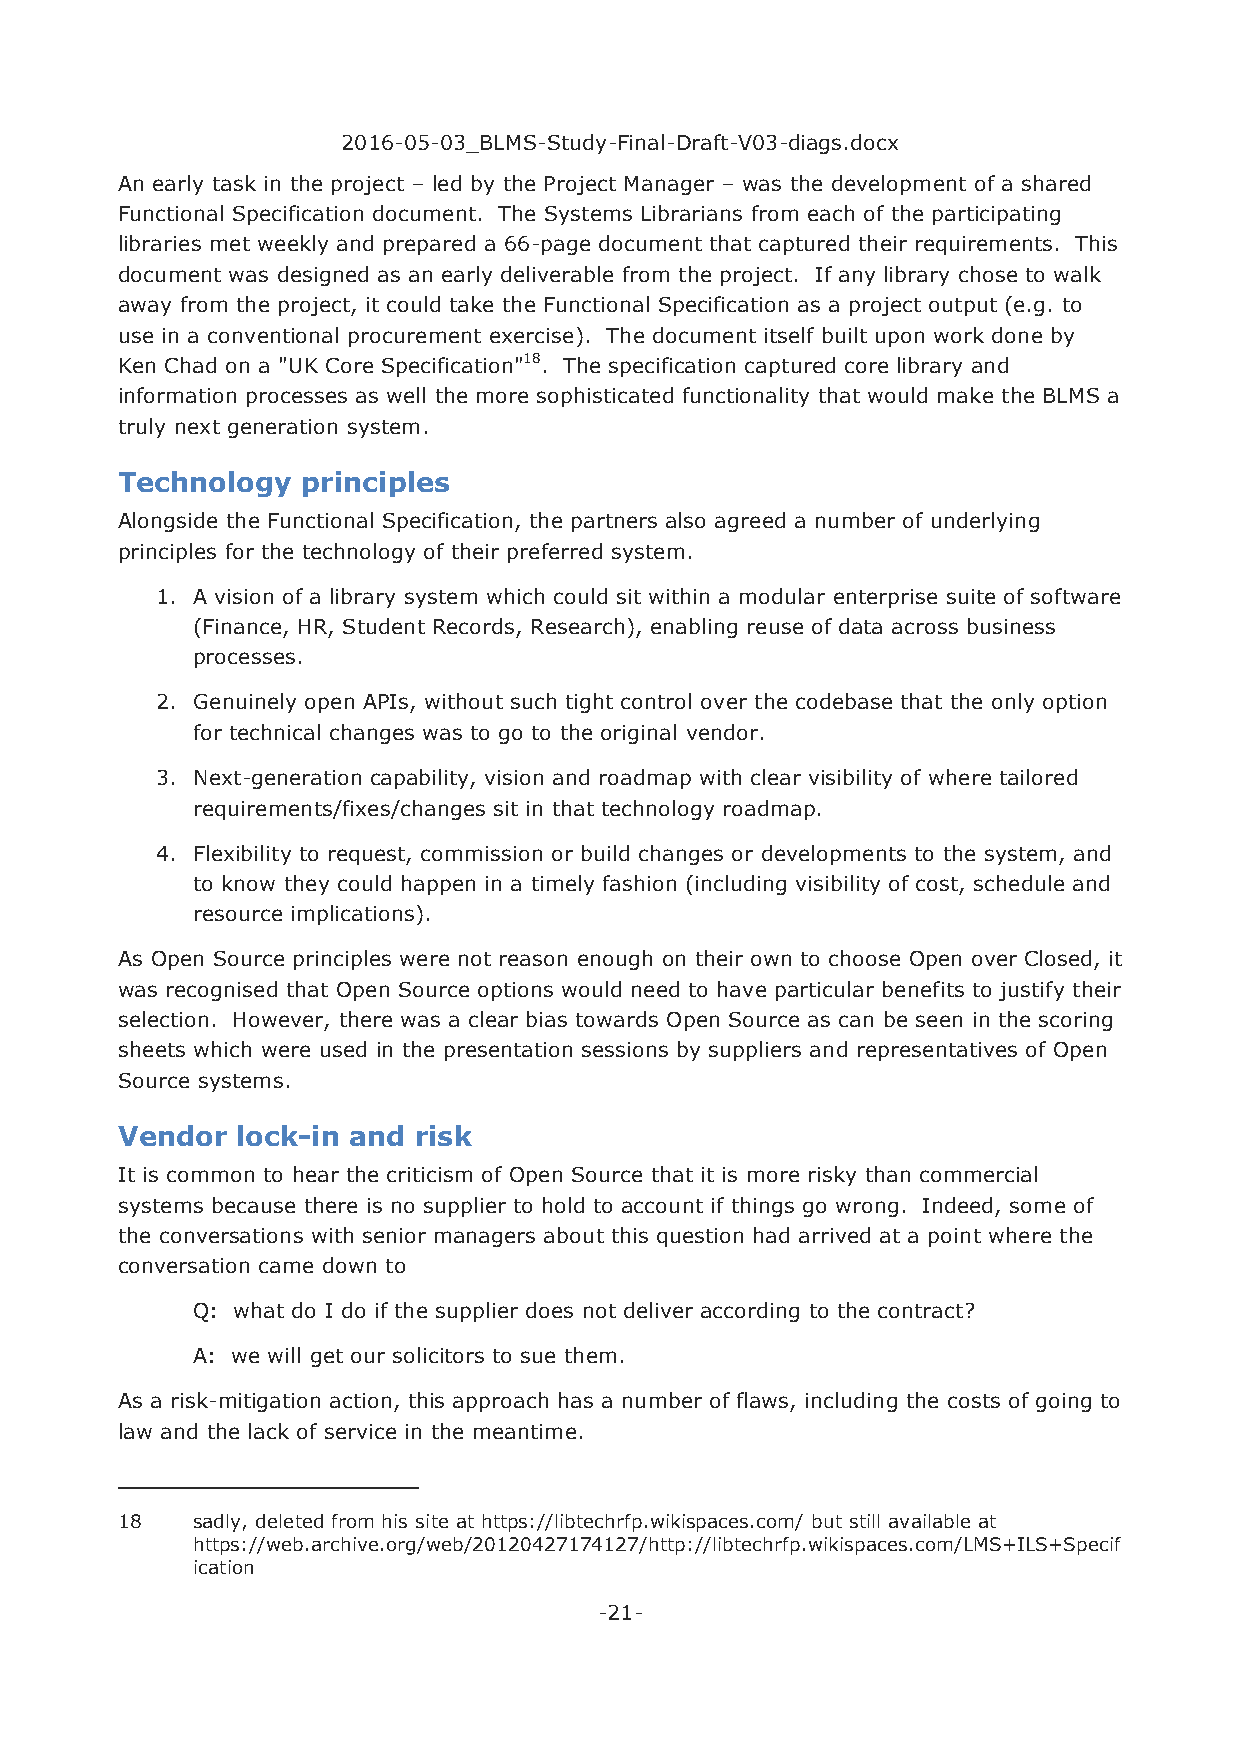
2016-05-03_BLMS-Study-Final-Draft-V03-diags.docx
 An early task in the project – led by the Project Manager – was the development of a shared
 Functional Specification document. The Systems Librarians from each of the participating
 libraries met weekly and prepared a 66-page document that captured their requirements. This
 document was designed as an early deliverable from the project. If any library chose to walk
 away from the project, it could take the Functional Specification as a project output (e.g. to
 use in a conventional procurement exercise). The document itself built upon work done by
 Ken Chad on a "UK Core Specification"18. The specification captured core library and
 information processes as well the more sophisticated functionality that would make the BLMS a
 truly next generation system.
 Technology  principles
 Alongside the Functional Specification, the partners also agreed a number of underlying
 principles for the technology of their preferred system.
 1. A vision of a library system which could sit within a modular enterprise suite of software
 (Finance, HR, Student Records, Research), enabling reuse of data across business
 processes.
 2. Genuinely open APIs, without such tight control over the codebase that the only option
 for technical changes was to go to the original vendor.
 3. Next-generation capability, vision and roadmap with clear visibility of where tailored
 requirements/fixes/changes sit in that technology roadmap.
 4. Flexibility to request, commission or build changes or developments to the system, and
 to know they could happen in a timely fashion (including visibility of cost, schedule and
 resource implications).
 As Open Source principles were not reason enough on their own to choose Open over Closed, it
 was recognised that Open Source options would need to have particular benefits to justify their
 selection. However, there was a clear bias towards Open Source as can be seen in the scoring
 sheets which were used in the presentation sessions by suppliers and representatives of Open
 Source systems.
 Vendor  lock-in and risk
 It is common to hear the criticism of Open Source that it is more risky than commercial
 systems because there is no supplier to hold to account if things go wrong. Indeed, some of
 the conversations with senior managers about this question had arrived at a point where the
 conversation came down to
 Q: what do I do if the supplier does not deliver according to the contract?
 A: we will get our solicitors to sue them.
 As a risk-mitigation action, this approach has a number of flaws, including the costs of going to
 law and the lack of service in the meantime.
 18   sadly, deleted from his site at https://libtechrfp.wikispaces.com/ but still available at
 https://web.archive.org/web/20120427174127/http://libtechrfp.wikispaces.com/LMS+ILS+Specif
 ication
 -21-